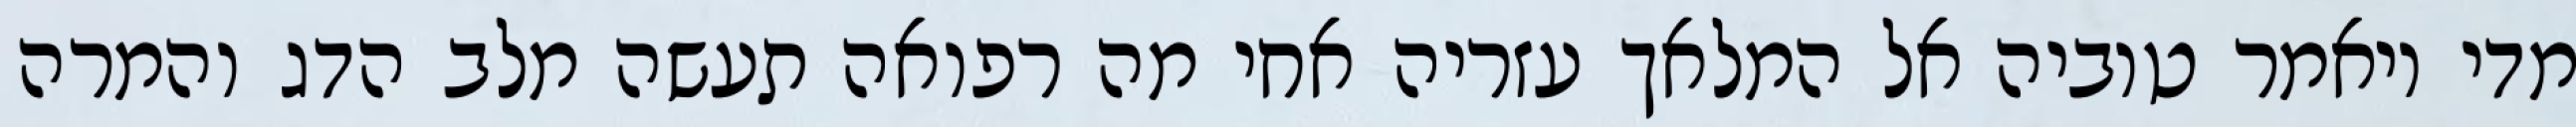
מדי ויאמר טוביה אל המלאך עזריה אחי מה רפואה תעשה מלב הדג והמרה